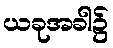
ယခုအခါ၌